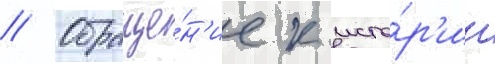
// Обраще́н'ие к исто́р'ии